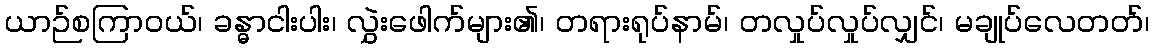
ယာဉ်စကြာဝယ်၊ ခန္ဓာငါးပါး၊ လွှဲးဖေါက်များ၏၊ တရားရုပ်နာမ်၊ တလှုပ်လှုပ်လျှင်၊ မချုပ်လေတတ်၊